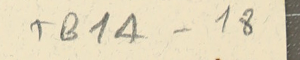
TB1A-18